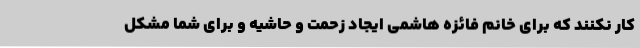
کار نکنند که برای خانم فائزه هاشمی ایجاد زحمت و حاشیه و برای شما مشکل